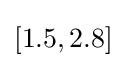
[1.5,2.8]